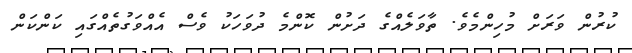
ކުރުން ވަރަށް މުހިންމެވެ. ތާވަލެއްގެ ދަށުން ކޮންމެ ދުވަހަކު ވެސް އެއްވަގުތެއްގައި ކަންކަން